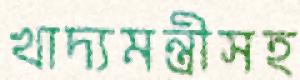
খাদ্যমন্ত্রীসহ